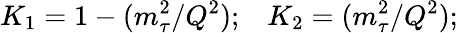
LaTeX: K_{1}=1-({m_{\tau}^{2}}/{Q^{2}});\, \, \, \, \, K_{2}=({m_{\tau}^{2}}/{Q^{2}});